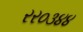
રર૦૩૪૪